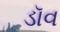
ડૉવ